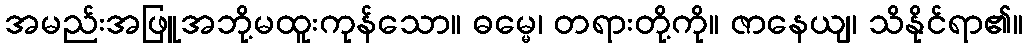
အမည်းအဖြူအဘို့မထူးကုန်သော။ ဓမ္မေ၊ တရားတို့ကို။ ဇာနေယျ၊ သိနိုင်ရာ၏။